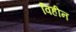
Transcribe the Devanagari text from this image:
विहीन